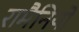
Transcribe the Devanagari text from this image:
रामैनियों